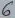
Text: 6